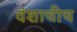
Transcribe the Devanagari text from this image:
वंशाचीच